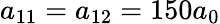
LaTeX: a_{\mathrm{11}}=a_{\mathrm{12}}=150a_{0}